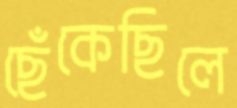
ছেঁকেছিলে